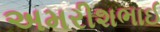
અમરીશભાઈ